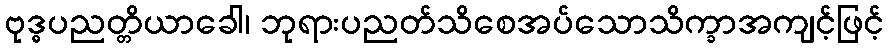
ဗုဒ္ဓပညတ္တိယာခေါ၊ ဘုရားပညတ်သိစေအပ်သောသိက္ခာအကျင့်ဖြင့်